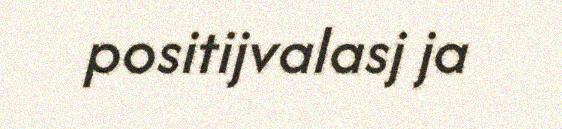
positijvalasj ja